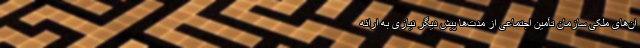
ان‌های ملکی سازمان تأمین اجتماعی از مدت‌ها پیش دیگر نیازی به ارائه